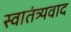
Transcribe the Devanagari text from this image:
स्वातंत्र्यवाद